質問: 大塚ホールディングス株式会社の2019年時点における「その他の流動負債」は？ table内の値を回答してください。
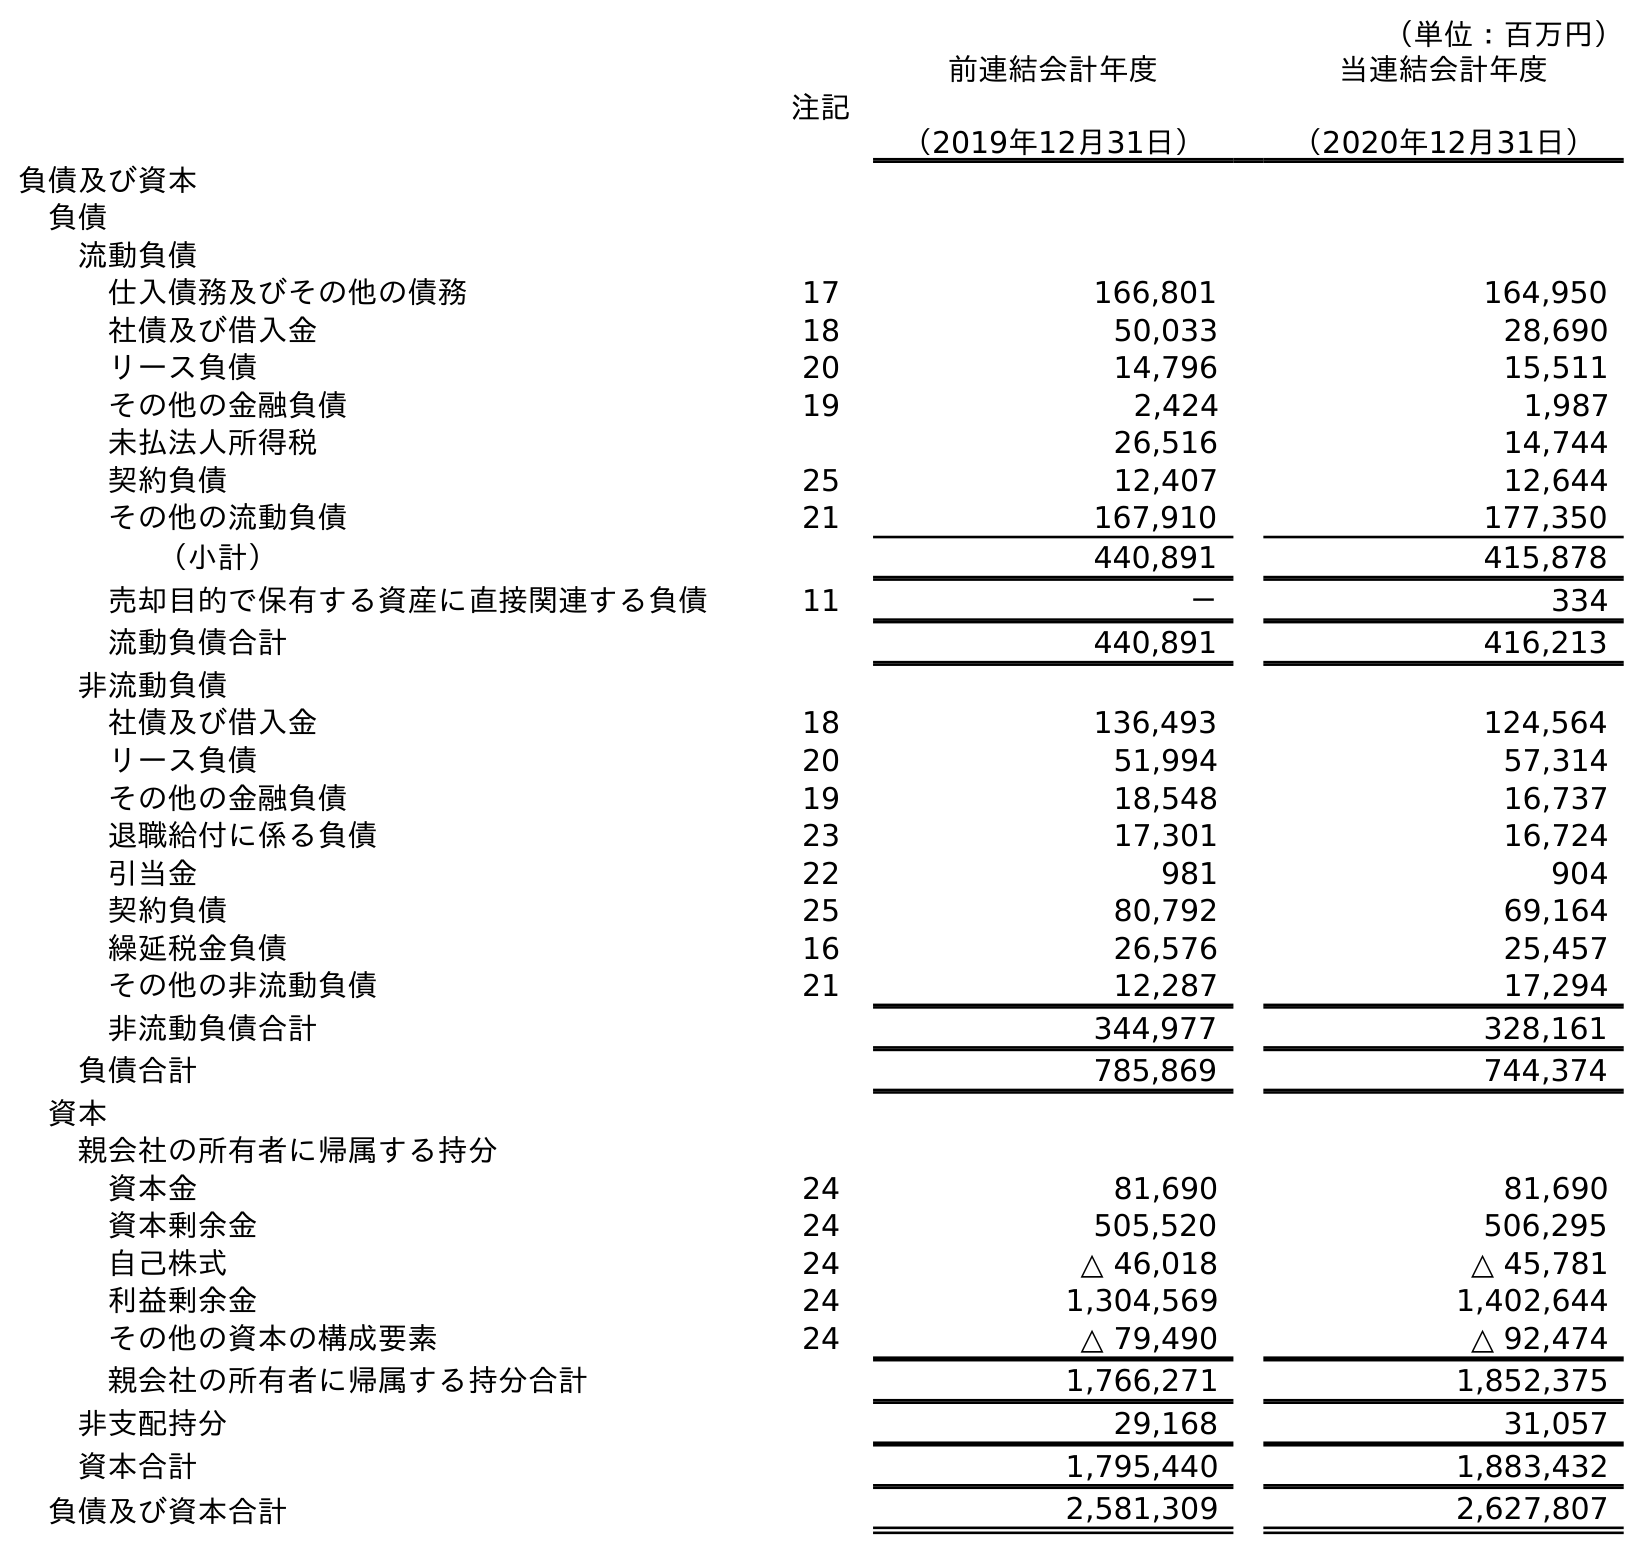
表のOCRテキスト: （単位：百万円） 注記 前連結会計年度 （2019年12月31日） 当連結会計年度 （2020年12月31日） 負債及び資本 負債 流動負債 仕入債務及びその他の債務 17 166,801 164,950 社債及び借入金 18 50,033 28,690 リース負債 20 14,796 15,511 その他の金融負債 19 2,424 1,987 未払法人所得税 26,516 14,744 契約負債 25 12,407 12,644 その他の流動負債 21 167,910 177,350 （小計） 440,891 415,878 売却目的で保有する資産に直接関連する負債 11 － 334 流動負債合計 440,891 416,213 非流動負債 社債及び借入金 18 136,493 124,564 リース負債 20 51,994 57,314 その他の金融負債 19 18,548 16,737 退職給付に係る負債 23 17,301 16,724 引当金 22 981 904 契約負債 25 80,792 69,164 繰延税金負債 16 26,576 25,457 その他の非流動負債 21 12,287 17,294 非流動負債合計 344,977 328,161 負債合計 785,869 744,374 資本 親会社の所有者に帰属する持分 資本金 24 81,690 81,690 資本剰余金 24 505,520 506,295 自己株式 24 △ 46,018 △ 45,781 利益剰余金 24 1,304,569 1,402,644 その他の資本の構成要素 24 △ 79,490 △ 92,474 親会社の所有者に帰属する持分合計 1,766,271 1,852,375 非支配持分 29,168 31,057 資本合計 1,795,440 1,883,432 負債及び資本合計 2,581,309 2,627,807
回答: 167,910